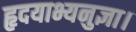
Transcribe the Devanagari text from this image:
हृदयाभ्यनुज्ञा।